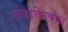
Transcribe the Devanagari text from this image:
लोकोक्तिकोश